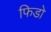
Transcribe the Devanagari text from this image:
फिडो